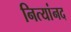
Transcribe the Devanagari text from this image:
नित्यांनद